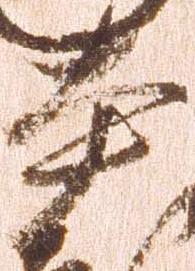
本